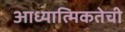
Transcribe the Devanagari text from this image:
आध्यात्मिकतेची